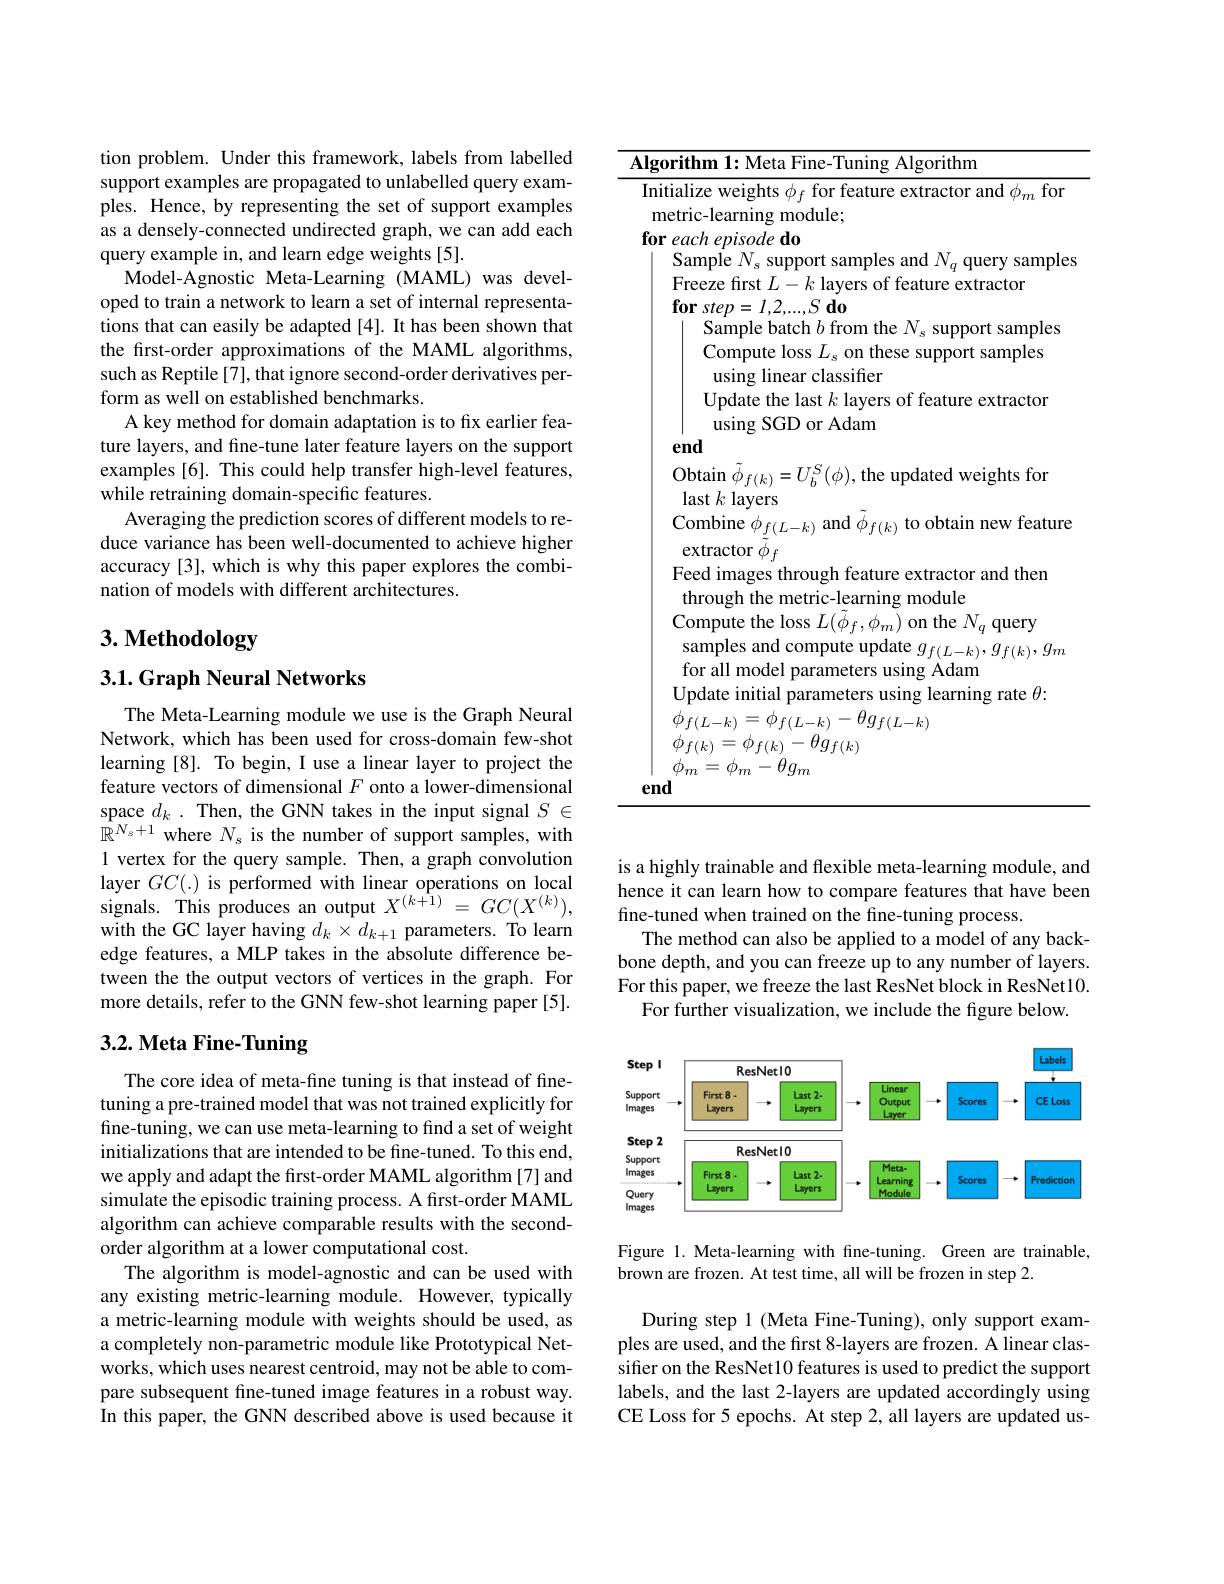
tion problem. Under this framework, labels from labelled support examples are propagated to unlabelled query examples. Hence, by representing the set of support examples as a densely-connected undirected graph, we can add each query example in, and learn edge weights [5].
Model-Agnostic Meta-Learning (MAML) was developed to train a network to learn a set of internal representations that can easily be adapted [4]. It has been shown that the first-order approximations of the MAML algorithms, such as Reptile[7], that ignore second-order derivatives perform as well on established benchmarks.
A key method for domain adaptation is to fix earlier feature layers, and fine-tune later feature layers on the support examples [6]. This could help transfer high-level features, while retraining domain-specific features.
Averaging the prediction scores of different models to reduce variance has been well-documented to achieve higher accuracy [3], which is why this paper explores the combination of models with different architectures.

# 3. Methodology

3.1. Graph Neural Networks

The Meta-Learning module we use is the Graph Neural Network, which has been used for cross-domain few-shot learning [8]. To begin, I use a linear layer to project the feature vectors of dimensional $F$ onto a lower-dimensional space $d_k.$ Then, the GNN takes in the input signal $S\in$ $\hat{\mathbb{R}}^{N_{s}+1}$where $N_{s}$ is the number of support samples, with 1 vertex for the query sample. Then, a graph convolution layer $GC(.)$ is performed with linear operations on local signals. This produces an output $X^{(k+1)}=GC(X^{(k)})$, with the GC layer having $d_k\times d_{k+1}$ parameters. To learn edge features, a MLP takes in the absolute difference between the the output vectors of vertices in the graph. For more details, refer to the GNN few-shot learning paper [5].

## 3.2. Meta Fine-Tuning

The core idea of meta-fine tuning is that instead of finetuning a pre-trained model that was not trained explicitly for fine-tuning, we can use meta-learning to find a set of weight initializations that are intended to be fine-tuned. To this end, we apply and adapt the first-order MAML algorithm [7] and simulate the episodic training process. A first-order MAML algorithm can achieve comparable results with the secondorder algorithm at a lower computational cost.
The algorithm is model-agnostic and can be used with any existing metric-learning module. However, typically a metric-learning module with weights should be used, as a completely non-parametric module like Prototypical Networks, which uses nearest centroid, may not be able to compare subsequent fine-tuned image features in a robust way. In this paper, the GNN described above is used because it

<table>
	<tbody>
		<tr>
			<td>$IO$ 2</td>
			<td>$\textbf{thm 1: Meta Fine- Tuning Algorithm}$</td>
		</tr>
		<tr>
			<td>$it$ m $\nu r$</td>
			<td>$\textbf{hm I: Meta Fine- Iunı ng Algorı thm}$ ize weights $\phi_f$ for feature extractor and $\phi_m$ for ic-learning module; $ch\textit{episode do}$ ample $N_{s}$ support samples and $N_{q}$ query sample eeze first $L-k$ layers of feature extractor $\mathbf{r}~step=I,2,...,S~\mathbf{do}$ Sample batch $b$ from the $N_\mathrm{s}$ support samples Compute loss $L_{s}$ on these support samples using linear classifer $I_{\mathrm{M}}$date the last $k$ laver f feature extracton</td>
		</tr>
		<tr>
			<td>$it$ m $\nu r$</td>
			<td>lize weights $\phi_f$ for feature extractor and $\phi_m$ for ic-learning module; $ch\textit{episode do}$ ${\mathrm{umple~}N_{s}}{\mathrm{~support~samples~and~}N_{q}}{\mathrm{~query~sample}}$ eeze first $L-k$ layers of feature extractor $\mathbf{r} \textit{step}= I, 2, . . . , S\textbf{do}$ Sample batch $b$ from the $N_\mathrm{s}$ support samples Compute loss $L_s$ on these support samples using linear classifer Update the last $k$ layers of feature extractor using SGD or Adam</td>
		</tr>
		<tr>
			<td> </td>
			<td>SL K Idyels ombine $\phi_{f(L-k)}$ and $\phi_{f(k)}$ to obtain new featur notn</td>
		</tr>
		<tr>
			<td> </td>
			<td>$\operatorname{lpute}$tne $^{\prime}f,\psi_{m}$ $\mathbf{query}$ samples and compute update $g_f(L-k),g_{f(k)},g_{m}$ ${\mathrm{~ior~all~model~parameters~using~Adam}}$ odate initial parameters using learning rate $\theta:$</td>
		</tr>
		<tr>
			<td>10</td>
			<td> </td>
		</tr>
	</tbody>
</table>

is a highly trainable and flexible meta-learning module, and hence it can learn how to compare features that have been fine-tuned when trained on the fine-tuning process.
The method can also be applied to a model of any backbone depth, and you can freeze up to any number of layers. For this paper, we freeze the last ResNet block in ResNet10.
For further visualization, we include the figure below.

<FigureHere>

Figure 1. Meta-learning with fine-tuning. Green are trainable,
brown are frozen. At test time, all will be frozen in step 2.

During step 1 (Meta Fine-Tuning), only support examples are used, and the first 8-layers are frozen. A linear classifer on the ResNet10 features is used to predict the support labels, and the last 2-layers are updated accordingly using CE Loss for 5 epochs. At step 2, all layers are updated us-